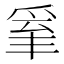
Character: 𤔒